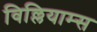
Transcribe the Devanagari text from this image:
विल्लियाम्स